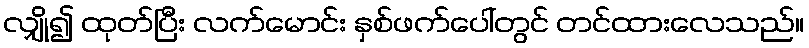
လျှို၍ ထုတ်ပြီး လက်မောင်း နှစ်ဖက်ပေါ်တွင် တင်ထားလေသည်။